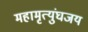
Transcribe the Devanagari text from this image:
महामृत्युंघजय